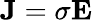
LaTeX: \mathbf{J}=\sigma\mathbf{E}